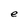
Character: e